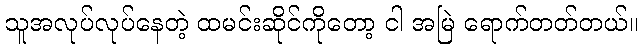
သူအလုပ်လုပ်နေတဲ့ ထမင်းဆိုင်ကိုတော့ ငါ အမြဲ ရောက်တတ်တယ်။